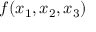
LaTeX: f ( x _ { 1 } , x _ { 2 } , x _ { 3 } )